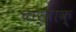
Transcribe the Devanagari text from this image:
चार्वाक्